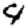
Digit: 4